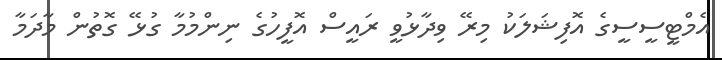
އެމްޓީސީސީގެ އޮފިޝަލަކު މިރޭ ވިދާޅުވީ ރައީސް އޮފީހުގެ ނިންމުމާ ގުޅޭ ގޮތުން މާދަމާ